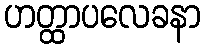
ဟတ္ထာပလေခနာ